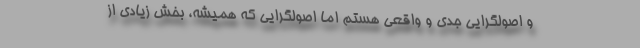
و اصولگرایی جدی و واقعی هستم اما اصولگرایی که همیشه، بخش زیادی از